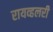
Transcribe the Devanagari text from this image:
रायव्हलरी